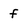
Character: f